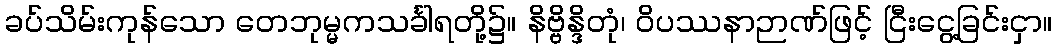
ခပ်သိမ်းကုန်သော တေဘုမ္မကသင်္ခါရတို့၌။ နိဗ္ဗိန္ဒိတုံ၊ ဝိပဿနာဉာဏ်ဖြင့် ငြီးငွေ့ခြင်းငှာ။